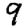
Digit: 9